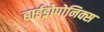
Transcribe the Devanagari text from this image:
हाईड्रोपोनिक्स